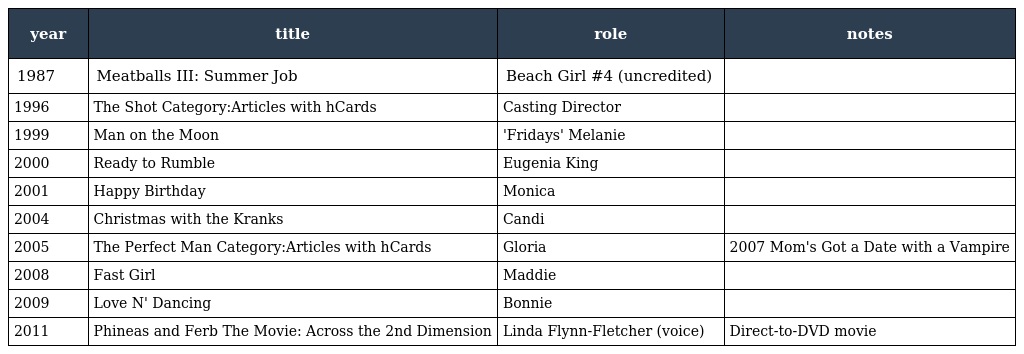
| year | title | role | notes |
 | --- | --- | --- | --- |
 | 1987 | Meatballs III: Summer Job | Beach Girl #4 (uncredited) |  |
 | 1996 | The Shot Category:Articles with hCards | Casting Director |  |
 | 1999 | Man on the Moon | 'Fridays' Melanie |  |
 | 2000 | Ready to Rumble | Eugenia King |  |
 | 2001 | Happy Birthday | Monica |  |
 | 2004 | Christmas with the Kranks | Candi |  |
 | 2005 | The Perfect Man Category:Articles with hCards | Gloria | 2007 Mom's Got a Date with a Vampire |
 | 2008 | Fast Girl | Maddie |  |
 | 2009 | Love N' Dancing | Bonnie |  |
 | 2011 | Phineas and Ferb The Movie: Across the 2nd Dimension | Linda Flynn-Fletcher (voice) | Direct-to-DVD movie |